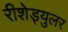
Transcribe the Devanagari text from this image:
रीशेड्युलर